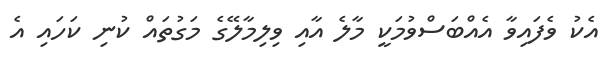
އެކު ވެފައިވާ އެއްބަސްވުމަކީ މާލެ އާއި ވިލިމާލޭގެ މަގުތައް ކުނި ކަހައި އެ